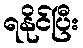
ရနိုင်ပြီး